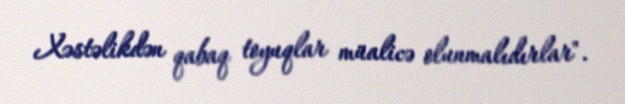
Xəstəlikdən qabaq toyuqlar müalicə olunmalıdırlar".